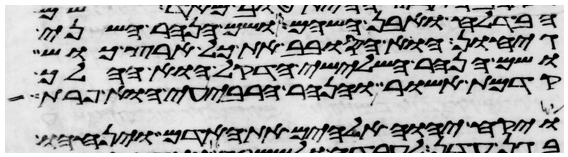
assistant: הבדלח ואבן השהם ושם הנהר השני
גיחון הוא הסובב את כל ארץ כוש
ושם הנהר השלישי הדקל הוא ההלך
קדמת אשור והנהר הרביעי הוא פרת
ויקח יהוה אלהים את האדם ויניחהו